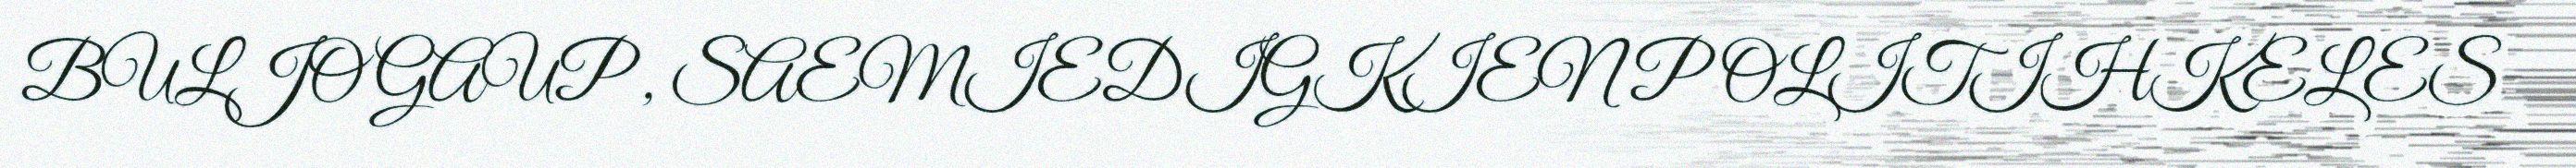
BULJO GAUP , SAEMIEDIGKIEN POLITIHKELES